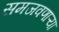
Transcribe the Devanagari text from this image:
समजवणाऱ्या